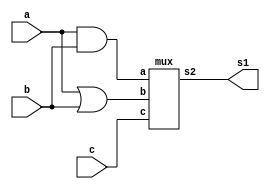
// -------------------------
// Exemplo0032 - F4
// Nome: Eduardo de Figueiredo Junior
// -------------------------
// -------------------------
// f4_gate
// -------------------------

module f4 (output s1,
input  a,
input  b,
input c);
// descrever por portas
wire s5;
wire s6;
and AND3 (s5, a, b);
or OR4 (s6, a, b);
mux M1 (s1, s5, s6, c);

endmodule // f4

module mux (output s2,
input a,
input b,
input c);
// descrever por portas
wire s3;
wire s4;
wire nc;
not NOT1 (nc, c);
and AND1 (s3, a, nc);
and AND2 (s4, b, c);
or OR1 (s2, s3, s4);
endmodule // f4

module test_f4;
// ------------------------- definir dados
reg [2:0] x;
wire z;
f4 modulo (z, x[0], x[1], x[2]);
// ------------------------- parte principal
initial begin
$display("Exemplo0032 - Eduardo de Figueiredo Junior - 451550");
$display("Test LU's module");
x = 0;
// projetar testes do modulo
#1 $monitor("entradas : %3b %3b | Selecao: %3b | Saida: %3b",x[1],x[0],x[2],z);
    repeat (7) begin
	 #1 x = x+1;
	 end
end
endmodule // test_f4